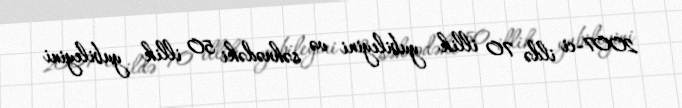
2007-ci ildə 70 illik yubileyini və səhnədəki 50 illik yubileyini